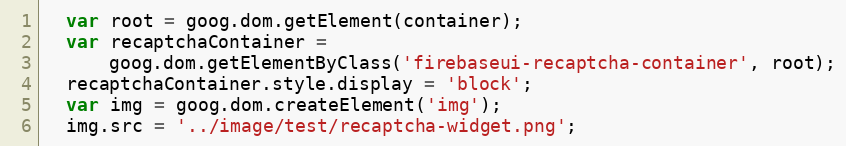
Language: JavaScript
  var root = goog.dom.getElement(container);
  var recaptchaContainer =
      goog.dom.getElementByClass('firebaseui-recaptcha-container', root);
  recaptchaContainer.style.display = 'block';
  var img = goog.dom.createElement('img');
  img.src = '../image/test/recaptcha-widget.png';